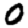
Digit: 0